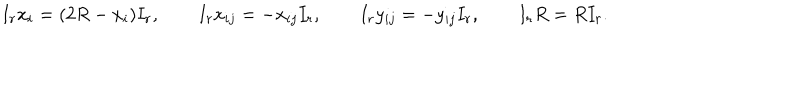
LaTeX: I _ { r } x _ { i } = ( 2 R - x _ { i } ) I _ { r } , \qquad I _ { r } x _ { i j } = - x _ { i j } I _ { r } , \qquad I _ { r } y _ { i j } = - y _ { i j } I _ { r } , \qquad I _ { r } R = R I _ { r } .